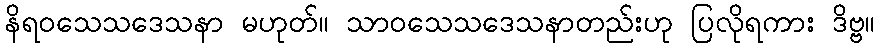
နိရဝသေသဒေသနာ မဟုတ်။ သာဝသေသဒေသနာတည်းဟု ပြလိုရကား ဒိဗ္ဗ။